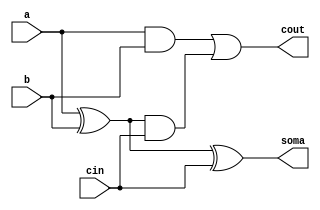
// -------------------------
// Exemplo0026
// Nome: Marcio Enio Gonalves Dutra Junior
// -------------------------

// -------------------------
// full adder
// -------------------------
module fullAdder (soma, cout, a, b, cin);
	input a, b, cin;
	output soma, cout;
	wire s1, c1, c2;
	
	xor (s1, a, b);
	and (c1, a, b);
	xor (soma, s1, cin);
	and (c2, s1, cin);
	or (cout, c1, c2);
endmodule

// -------------------------
// full adder 3bits
// -------------------------
module fullAdder4 (soma, cout, a, b, cin);
	output [2:0] soma;
	output  cout;
	input [2:0] a, b;
	input cin;
	wire c3, c2, c1;
	
	  fullAdder  fa0 (soma[0], c1, a[0], b[0], cin);
	  fullAdder  fa1 (soma[1], c2, a[1], b[1], c1);
	  fullAdder  fa2 (soma[2], cout, a[2], b[2], c2);
endmodule

// -------------------------
// full Diff
// -------------------------
module fullDiff (soma, cout, a, b, cin);
	input a, b, cin; 
	output soma, cout;
	wire s1, s2, s3, c1, c2;
	
	xor (s1, a, b);
	not (s2, a);
	and (c1, s2, b);
	xor (soma, s1, cin);
	not (s3, s1);
	and (c2, s3, cin);
	or (cout, c1, c2);
endmodule

// -------------------------
// full Diff 3bits
// -------------------------
module fullDiff4 (soma, cout, a, b, cin);
	output [2:0] soma;
	output  cout;
	input [2:0] a, b;
	input cin;
	wire c3, c2, c1;
	
	  fullDiff  fa0 (soma[0], c1, a[0], b[0], cin);
	  fullDiff  fa1 (soma[1], c2, a[1], b[1], c1);
	  fullDiff  fa2 (soma[2], cout, a[2], b[2], c2);
endmodule

module AU(output[2:0] s, output cout, input[2:0] a,input[2:0] b, input cin, input chave);
	wire[2:0] s1, s2;
	wire c1, c2;
	
	fullDiff4 fd1(s1,c1,a,b,cin);
	fullAdder4 fa1(s2,c2,a,b,cin);
	
	assign s = chave? s1: s2;
	assign cout = chave? c1: c2;
endmodule

module test_subsoma;
	// ------------------------- definir dados
	reg [2:0] x;
	reg [2:0] y;
	reg cin;
	reg chave;
	wire cout;
	wire[2:0] resultado;
	
	AU au1(resultado, cout, x, y, cin, chave);
	// ------------------------- parte principal
	initial begin
		$display("Exemplo0026 - Marcio Enio Gonalves Dutra Junior - 441698");
		$display("Test");
		
		chave = 0; cin = 0;
		#1 x = 3'b000; y = 3'b000;
		
		$monitor ("%b + %b = %b",x,y,resultado);
		#1 x = 3'b000; y = 3'b001;
		#1 x = 3'b010; y = 3'b010;
		#1 x = 3'b001; y = 3'b011;
		#1 x = 3'b001; y = 3'b100;
		#1 x = 3'b000; y = 3'b101;
		#1 x = 3'b110; y = 3'b110;
		#1 x = 3'b000; y = 3'b111;
		$monitor ("%b - %b = %b",x,y,resultado);
		chave = 1;
		#1 x = 3'b000; y = 3'b000;
		#1 x = 3'b000; y = 3'b001;
		#1 x = 3'b010; y = 3'b010;
		#1 x = 3'b001; y = 3'b011;
		#1 x = 3'b001; y = 3'b100;
		#1 x = 3'b000; y = 3'b101;
		#1 x = 3'b110; y = 3'b110;
		#1 x = 3'b000; y = 3'b111;
	end
endmodule // test_igualdade